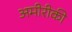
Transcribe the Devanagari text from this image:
अमीरीकी